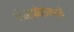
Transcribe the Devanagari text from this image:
बाँबस्फोटांमध्ये